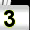
Digit: 3